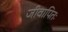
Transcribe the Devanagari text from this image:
जीवापितः